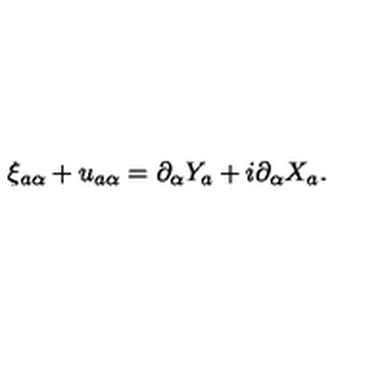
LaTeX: \xi _ { a \alpha } + u _ { a \alpha } = \partial _ { \alpha } Y _ { a } + i \partial _ { \alpha } X _ { a } .